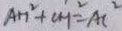
A H ^ { 2 } + C H ^ { 2 } = A C ^ { 2 }